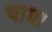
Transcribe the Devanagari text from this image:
थाम।